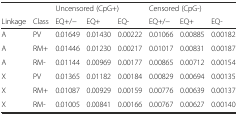
<table><thead><tr><td></td><td></td><td colspan="3"><b>Uncensored (CpG+)</b></td><td colspan="3"><b>Censored (CpG-)</b></td></tr><tr><td><b>Linkage</b></td><td><b>Class</b></td><td><b>EQ+/−</b></td><td><b>EQ+</b></td><td><b>EQ-</b></td><td><b>EQ+/−</b></td><td><b>EQ+</b></td><td><b>EQ-</b></td></tr></thead><tbody><tr><td>A</td><td>PV</td><td>0.01649</td><td>0.01430</td><td>0.00222</td><td>0.01066</td><td>0.00885</td><td>0.00182</td></tr><tr><td>A</td><td>RM+</td><td>0.01446</td><td>0.01230</td><td>0.00217</td><td>0.01017</td><td>0.00831</td><td>0.00187</td></tr><tr><td>A</td><td>RM-</td><td>0.01144</td><td>0.00969</td><td>0.00177</td><td>0.00865</td><td>0.00712</td><td>0.00154</td></tr><tr><td>X</td><td>PV</td><td>0.01365</td><td>0.01182</td><td>0.00184</td><td>0.00829</td><td>0.00694</td><td>0.00135</td></tr><tr><td>X</td><td>RM+</td><td>0.01087</td><td>0.00929</td><td>0.00159</td><td>0.00776</td><td>0.00639</td><td>0.00137</td></tr><tr><td>X</td><td>RM-</td><td>0.01005</td><td>0.00841</td><td>0.00166</td><td>0.00767</td><td>0.00627</td><td>0.00140</td></tr></tbody></table>